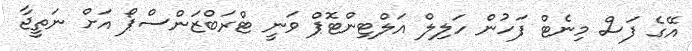
އޭގެ ފަސް މިނެޓް ފަހުން ހަލިލް އަލްޓިންޓޮޕް ވަނީ ޓްރަބްޒަންސްޕޯ އަށް ނަތީޖާ